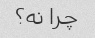
چرا نه؟